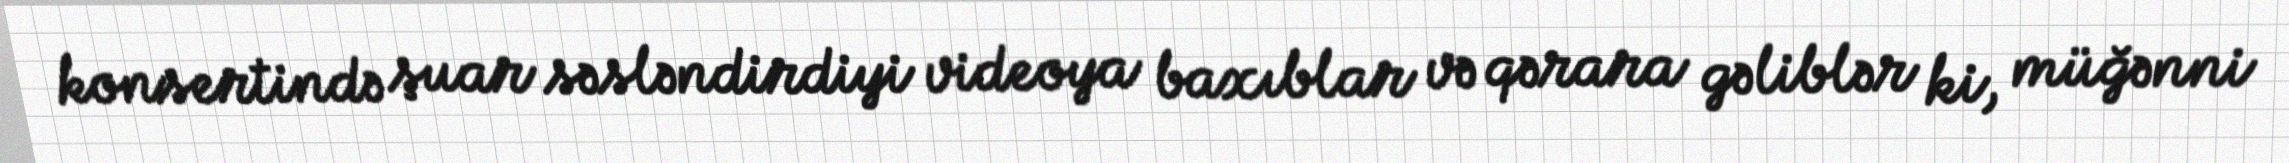
konsertində şuar səsləndirdiyi videoya baxıblar və qərara gəliblər ki, müğənni